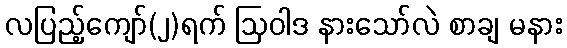
လပြည့်ကျော်(၂)ရက် ဩဝါဒ နားသော်လဲ စာချ မနား